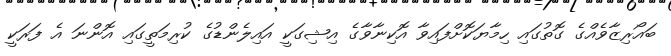
ބައޯރިޒާވެއްގެ ގޮތުގައި ހިމާޔަކޮށްފައިވާ އޮކިނާވާގެ އިޝިގަކީ އައިލެންޑުގެ ކުރިމަތީގައި އޮންނަ އެ ފަރަކީ